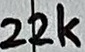
Text: 22k